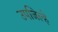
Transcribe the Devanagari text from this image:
उपजिल्हे